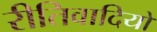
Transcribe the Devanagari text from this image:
रीतिवादियों